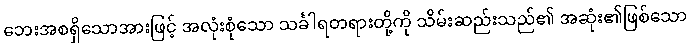
ဘေးအစရှိသောအားဖြင့် အလုံးစုံသော သင်္ခါရတရားတို့ကို သိမ်းဆည်းသည်၏ အဆုံး၏ဖြစ်သော